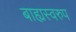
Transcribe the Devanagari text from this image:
बाह्यस्वरुप